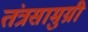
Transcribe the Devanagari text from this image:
तंत्रसामुग्री